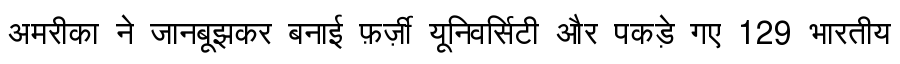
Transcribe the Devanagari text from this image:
अमरीका ने जानबूझकर बनाई फ़र्ज़ी यूनिवर्सिटी और पकड़े गए 129 भारतीय